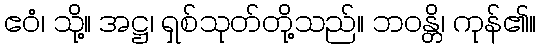
ဧဝံ၊ သို့။ အဋ္ဌ၊ ရှစ်သုတ်တို့သည်။ ဘဝန္တိ၊ ကုန်၏။